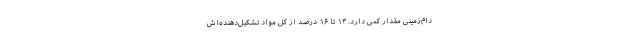
دام‌زمینی مقدار کمی دارد. ۱۳ تا ۱۶ درصد از کل مواد تشکیل‌دهنده‌اش